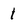
Character: 1